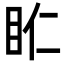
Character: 𥄰